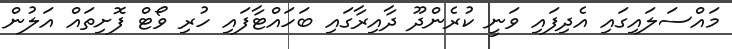
މައްސަލައިގައި އެދިފައި ވަނީ ކުރެންދޫ ދާއިރާގައި ބަހައްޓާފައި ހުރި ވޯޓް ފޮށިތައް އަލުން